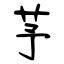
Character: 芧